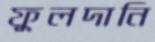
ফুলদানি